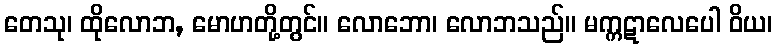
တေသု၊ ထိုလောဘ, မောဟတို့တွင်။ လောဘော၊ လောဘသည်။ မက္ကဋာလေပေါ ဝိယ၊